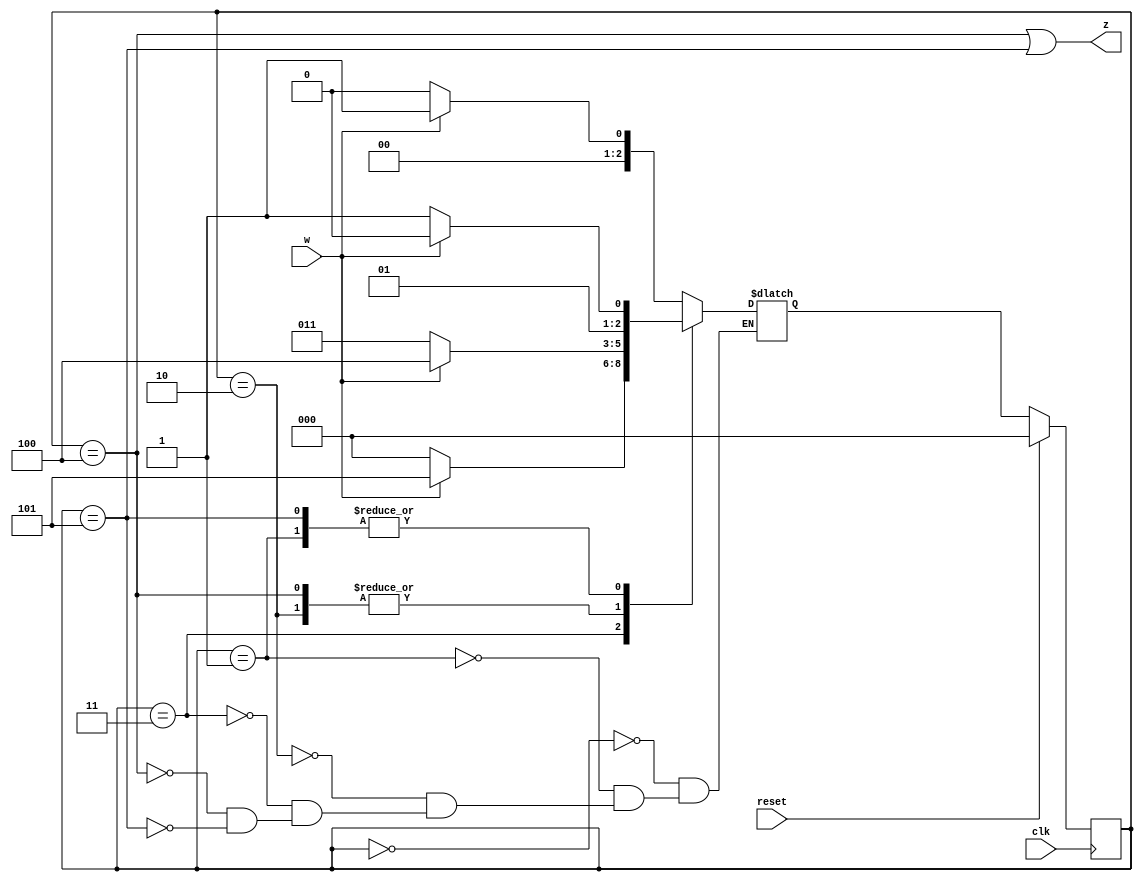
module top_module (
    input clk,
    input reset,   // Synchronous active-high reset
    input w,
    output z
);
    parameter a=3'b000, b=3'b001, c=3'b010, d=3'b011, e=3'b100, f=3'b101;
    reg[2:0] state,next_state;
    always@(*)begin
        case(state)
        	a:next_state=w?b:a;
            b:next_state=w?c:d;
            c:next_state=w?e:d;
            d:next_state=w?f:a;
            e:next_state=w?e:d;
            f:next_state=w?c:d;
        endcase
    end
    always@(posedge clk)begin
        if(reset)state<=a;
        else state<=next_state;
    end
    assign z=(state==e)|(state==f);
endmodule